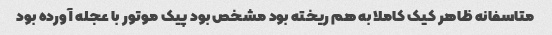
متاسفانه ظاهر کیک کاملا به هم ریخته بود مشخص بود پیک موتور با عجله آورده بود